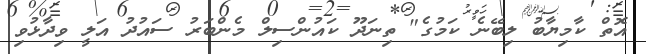
އޮތް ކާމިޔާބު ލިބޭނެ ކަމުގެ" ތިނަދޫ ކައުންސިލް މެންބަރު ސައުދު އަލީ ވިދާޅުވި